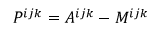
P ^ { i j k } = A ^ { i j k } - M ^ { i j k }